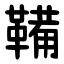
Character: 鞴